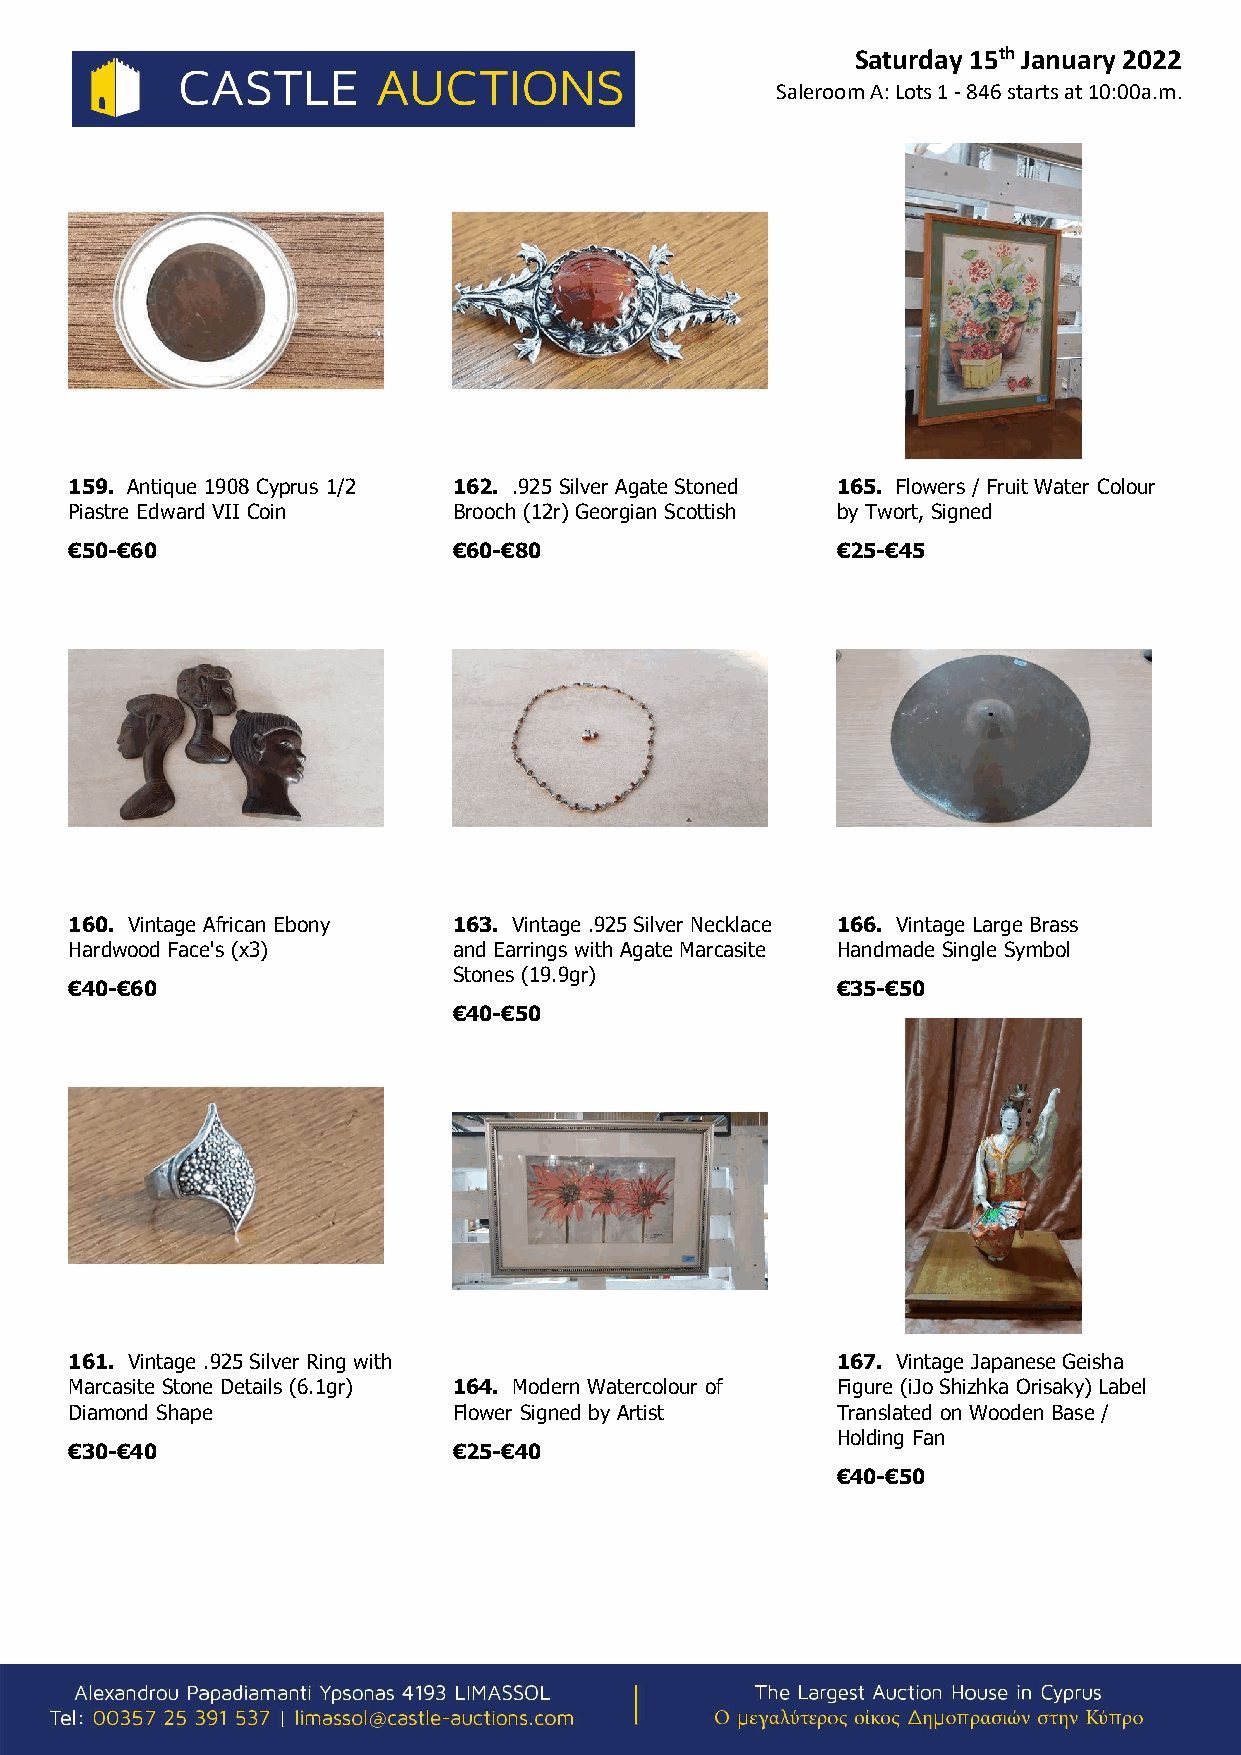
Saturday 15th January 2022
 Saleroom A: Lots 1 - 846 starts at 10:00a.m.
 159. Antique 1908 Cyprus 1/2 162. .925 Silver Agate Stoned 165. Flowers / Fruit Water Colour
 Piastre Edward VII Coin  Brooch (12r) Georgian Scottish by Twort, Signed
 €50-€60                  €60-€80                  €25-€45
 160. Vintage African Ebony 163. Vintage .925 Silver Necklace 166. Vintage Large Brass
 Hardwood Face's (x3)     and Earrings with Agate Marcasite Handmade Single Symbol
 Stones (19.9gr)
 €40-€60                                           €35-€50
 €40-€50
 161. Vintage .925 Silver Ring with                167. Vintage Japanese Geisha
 Marcasite Stone Details (6.1gr) 164. Modern Watercolour of Figure (iJo Shizhka Orisaky) Label
 Diamond Shape            Flower Signed by Artist  Translated on Wooden Base /
 Holding Fan
 €30-€40                  €25-€40
 €40-€50